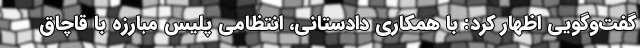
گفت‌وگویی اظهار کرد: با همکاری دادستانی، انتظامی پلیس مبارزه با قاچاق